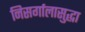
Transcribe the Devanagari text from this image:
निसर्गालासुद्धा